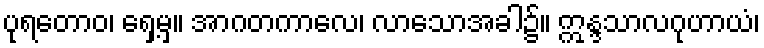
ပုရတောဝ၊ ရှေ့မှ။ အာဂတကာလေ၊ လာသောအခါ၌။ ဣန္ဒသာလဂုဟာယံ၊